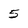
Character: 5